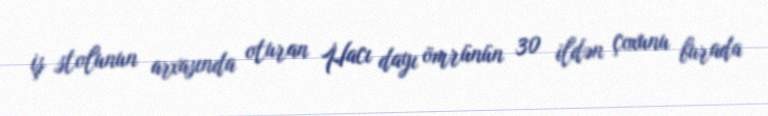
iş stolunun arxasında oturan Hacı dayı ömrünün 30 ildən çoxunu burada